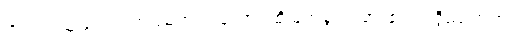
အကြင်သူသည်။ တဿဘဂဝတော၊ ထိုမြတ်စွာဘုရား၏။ ဥဒ္ဒိဿကတံ၊